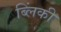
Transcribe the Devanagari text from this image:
ब्लिंकी